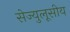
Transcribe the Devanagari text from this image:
सेज्युलूसीय